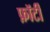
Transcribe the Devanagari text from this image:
फ़ॉर्टी